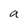
Character: a